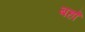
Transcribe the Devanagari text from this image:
बहाँ